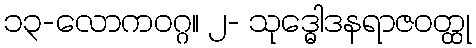
၁၃-လောကဝဂ္ဂ။ ၂- သုဒ္ဓေါဒနရာဇဝတ္ထု